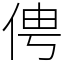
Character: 俜